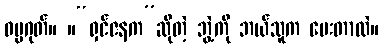
ဓမ္မဂုတ်။ ။“ရှင်ဇနက”ဆိုတဲ့ ဘွဲ့ကို ဘယ်သူက ပေးတာလဲ။